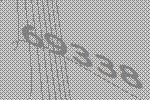
69338